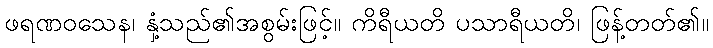
ဖရဏဝသေန၊ နှံ့သည်၏အစွမ်းဖြင့်။ ကိရီယတိ ပသာရီယတိ၊ ဖြန့်တတ်၏။